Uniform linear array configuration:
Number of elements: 24
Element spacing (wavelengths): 1
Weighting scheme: kaiser
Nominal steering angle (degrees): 60
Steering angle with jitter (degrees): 59.755
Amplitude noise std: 0.05
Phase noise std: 0.05

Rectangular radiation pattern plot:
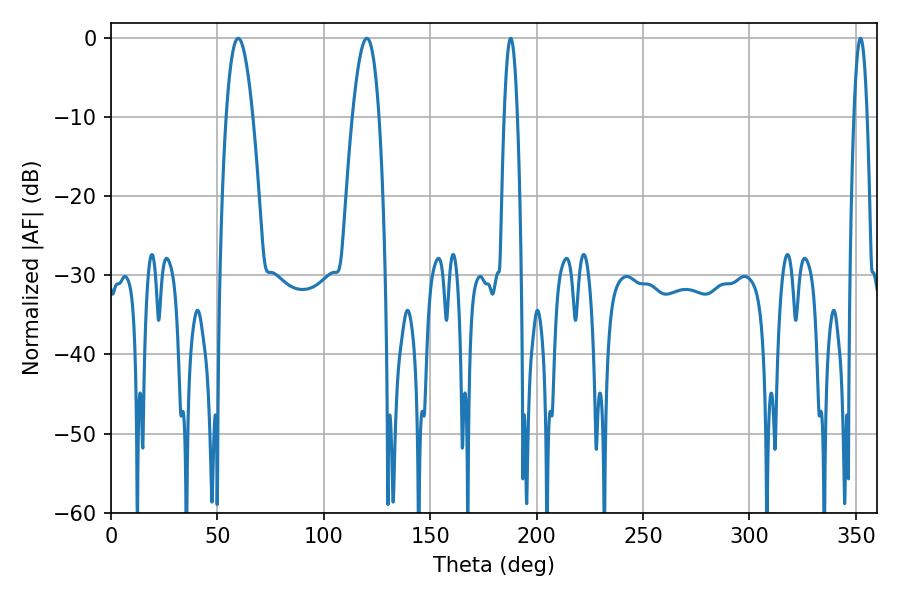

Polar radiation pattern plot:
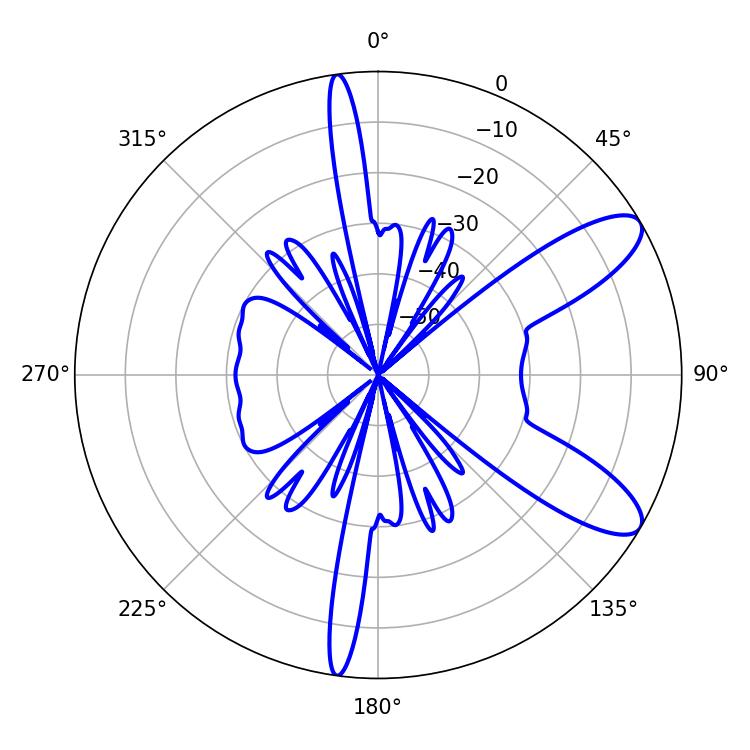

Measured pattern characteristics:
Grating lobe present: TRUE
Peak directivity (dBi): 9.863
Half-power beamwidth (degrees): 6.84
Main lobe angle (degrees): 59.76